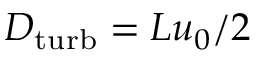
D _ { \mathrm { t u r b } } = L u _ { 0 } / 2